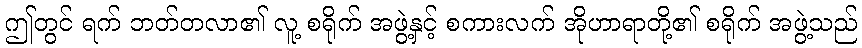
ဤတွင် ရက် ဘတ်တလာ၏ လူ့ စရိုက် အဖွဲ့နှင့် စကားလက် အိုဟာရာတို့၏ စရိုက် အဖွဲ့သည်